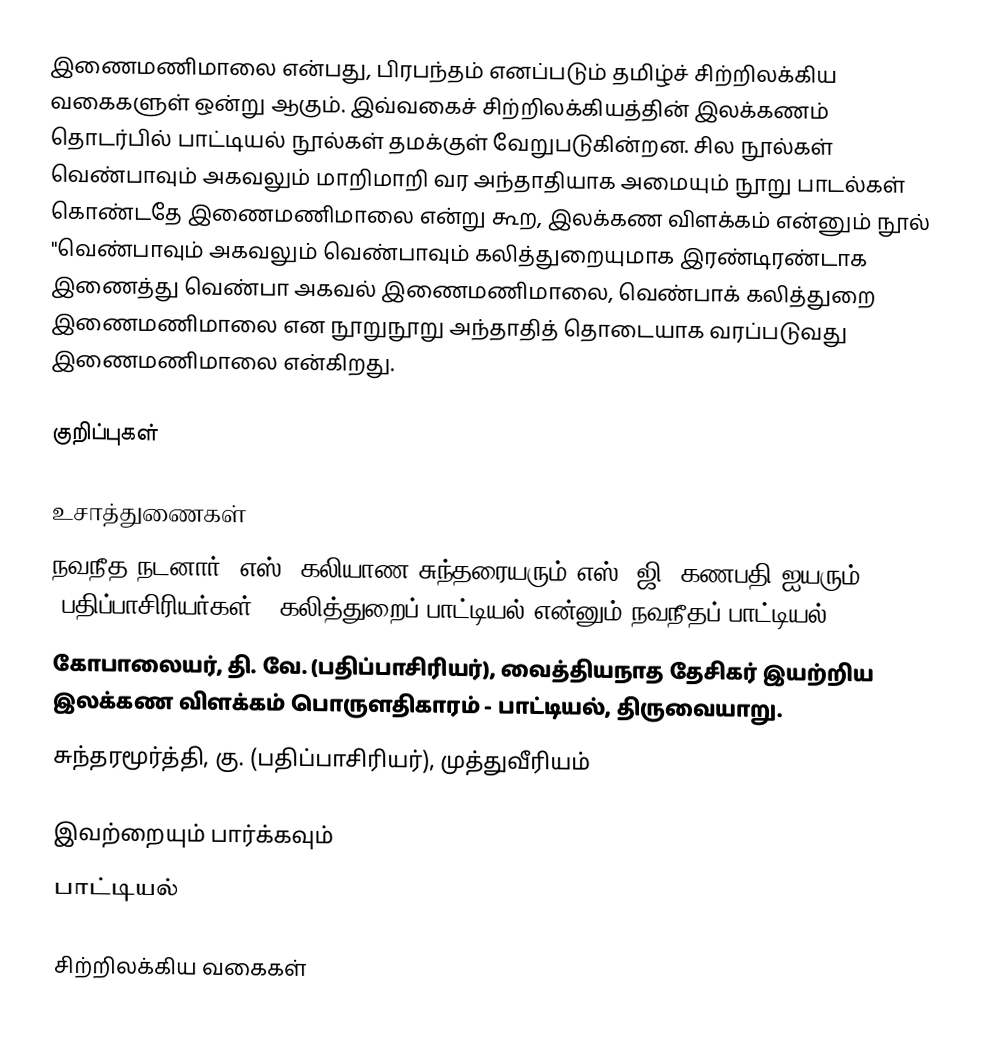
இணைமணிமாலை என்பது, பிரபந்தம் எனப்படும் தமிழ்ச் சிற்றிலக்கிய வகைகளுள் ஒன்று ஆகும். இவ்வகைச் சிற்றிலக்கியத்தின் இலக்கணம் தொடர்பில் பாட்டியல் நூல்கள் தமக்குள் வேறுபடுகின்றன. சில நூல்கள் வெண்பாவும் அகவலும் மாறிமாறி வர அந்தாதியாக அமையும் நூறு பாடல்கள் கொண்டதே இணைமணிமாலை என்று கூற, இலக்கண விளக்கம் என்னும் நூல் "வெண்பாவும் அகவலும் வெண்பாவும் கலித்துறையுமாக இரண்டிரண்டாக இணைத்து வெண்பா அகவல் இணைமணிமாலை, வெண்பாக் கலித்துறை இணைமணிமாலை என நூறுநூறு அந்தாதித் தொடையாக வரப்படுவது இணைமணிமாலை என்கிறது.

குறிப்புகள்

உசாத்துணைகள்
 நவநீத நடனார், எஸ். கலியாண சுந்தரையரும் எஸ், ஜி. கணபதி ஐயரும் (பதிப்பாசிரியர்கள்), கலித்துறைப் பாட்டியல் என்னும் நவநீதப் பாட்டியல்
 கோபாலையர், தி. வே. (பதிப்பாசிரியர்), வைத்தியநாத தேசிகர் இயற்றிய இலக்கண விளக்கம் பொருளதிகாரம் - பாட்டியல், திருவையாறு.
 சுந்தரமூர்த்தி, கு. (பதிப்பாசிரியர்), முத்துவீரியம்

இவற்றையும் பார்க்கவும்
 பாட்டியல்

சிற்றிலக்கிய வகைகள்